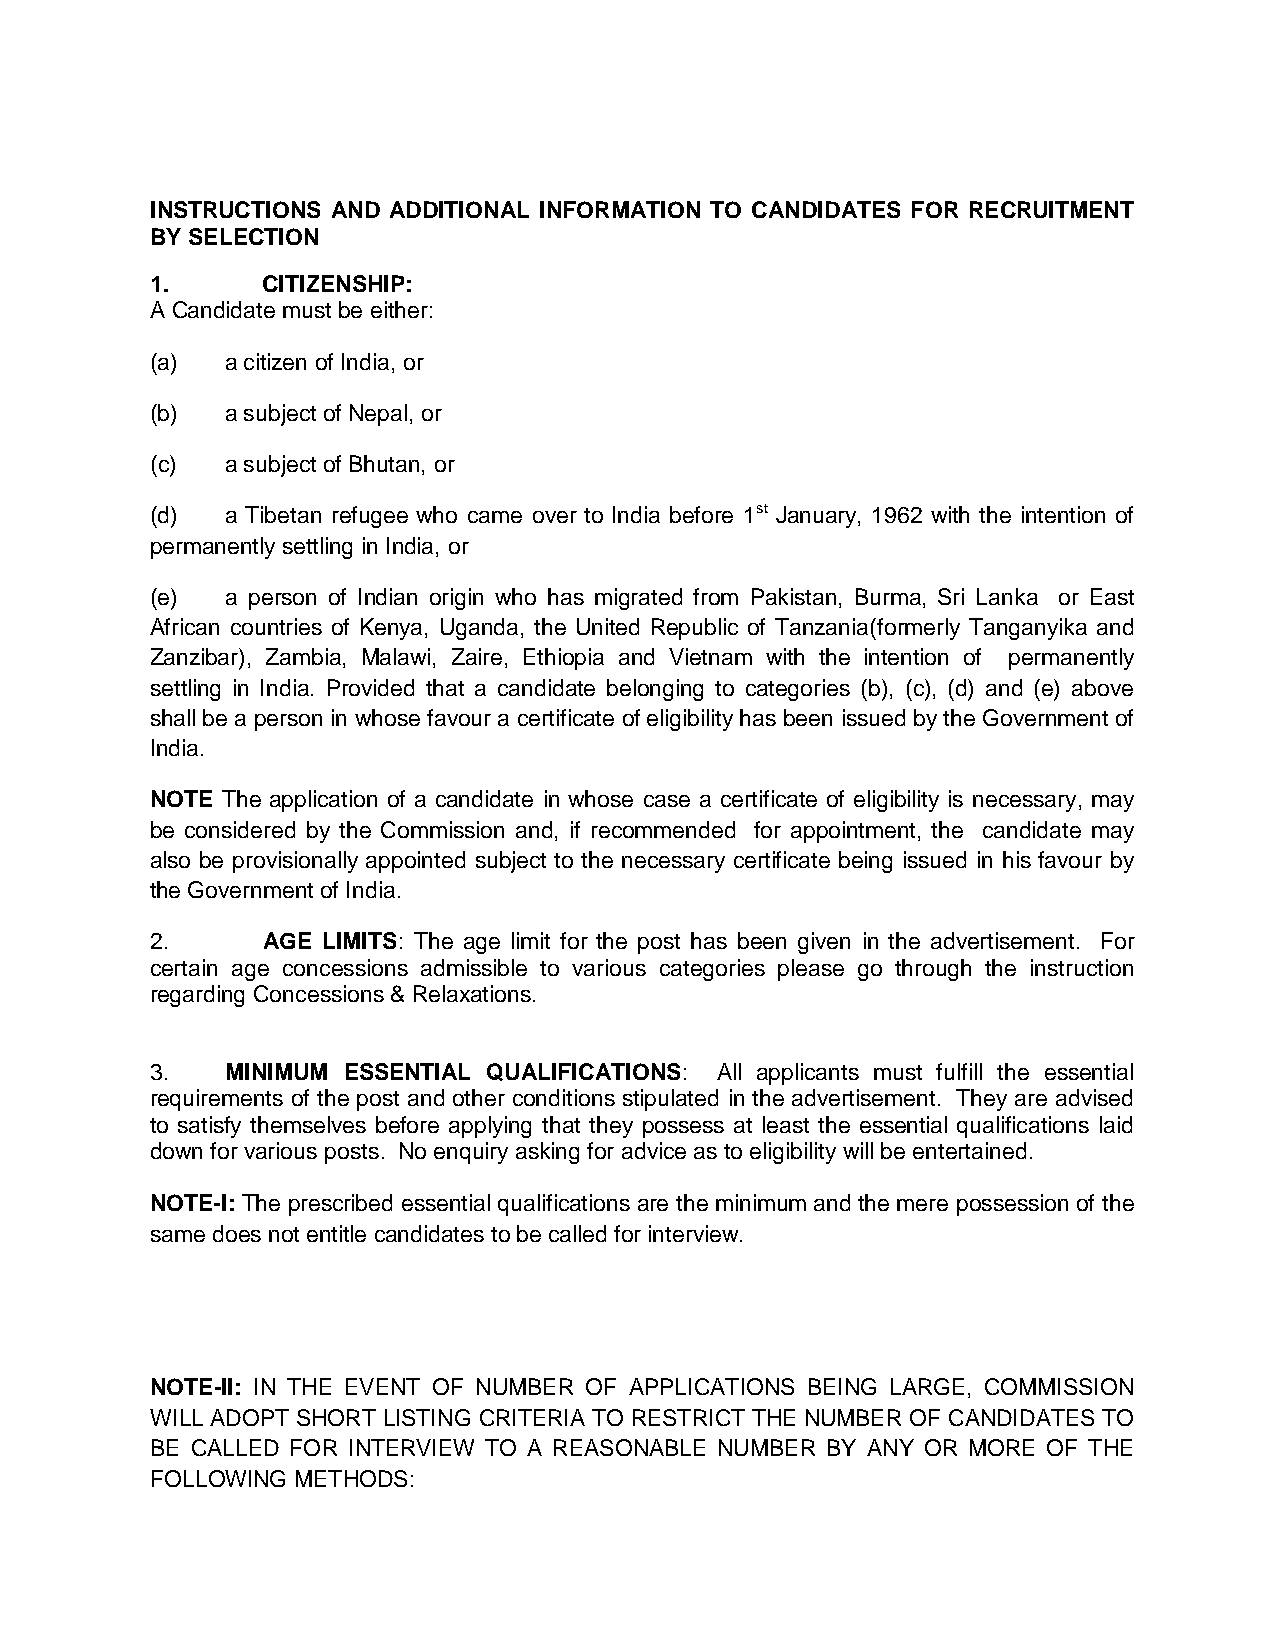
INSTRUCTIONS AND ADDITIONAL INFORMATION TO CANDIDATES FOR RECRUITMENT
 BY SELECTION
 1.     CITIZENSHIP:
 A Candidate must be either:
 (a)  a citizen of India, or
 (b)  a subject of Nepal, or
 (c)  a subject of Bhutan, or
 (d)  a Tibetan refugee who came over to India before 1st January, 1962 with the intention of
 permanently settling in India, or
 (e)  a person of Indian origin who has migrated from Pakistan, Burma, Sri Lanka or East
 African countries of Kenya, Uganda, the United Republic of Tanzania(formerly Tanganyika and
 Zanzibar), Zambia, Malawi, Zaire, Ethiopia and Vietnam with the intention of permanently
 settling in India. Provided that a candidate belonging to categories (b), (c), (d) and (e) above
 shall be a person in whose favour a certificate of eligibility has been issued by the Government of
 India.
 NOTE The application of a candidate in whose case a certificate of eligibility is necessary, may
 be considered by the Commission and, if recommended for appointment, the candidate may
 also be provisionally appointed subject to the necessary certificate being issued in his favour by
 the Government of India.
 2.     AGE LIMITS: The age limit for the post has been given in the advertisement. For
 certain age concessions admissible to various categories please go through the instruction
 regarding Concessions & Relaxations.
 3.   MINIMUM ESSENTIAL QUALIFICATIONS: All applicants must fulfill the essential
 requirements of the post and other conditions stipulated in the advertisement. They are advised
 to satisfy themselves before applying that they possess at least the essential qualifications laid
 down for various posts. No enquiry asking for advice as to eligibility will be entertained.
 NOTE-I: The prescribed essential qualifications are the minimum and the mere possession of the
 same does not entitle candidates to be called for interview.
 NOTE-II: IN THE EVENT OF NUMBER OF APPLICATIONS BEING LARGE, COMMISSION
 WILL ADOPT SHORT LISTING CRITERIA TO RESTRICT THE NUMBER OF CANDIDATES TO
 BE CALLED FOR INTERVIEW TO A REASONABLE NUMBER BY ANY OR MORE OF THE
 FOLLOWING METHODS: